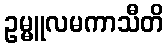
ဥမ္မူလမကာသီတိ